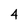
Character: 4